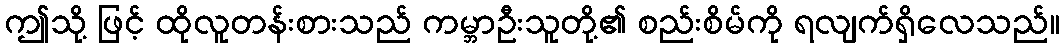
ဤသို့ ဖြင့် ထိုလူတန်းစားသည် ကမ္ဘာဦးသူတို့၏ စည်းစိမ်ကို ရလျက်ရှိလေသည်။